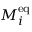
M _ { i } ^ { \mathrm { e q } }